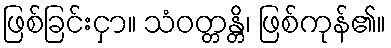
ဖြစ်ခြင်းငှာ။ သံဝတ္တန္တိ၊ ဖြစ်ကုန်၏။